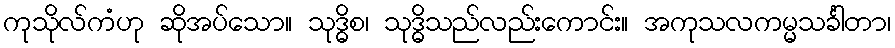
ကုသိုလ်ကံဟု ဆိုအပ်သော။ သုဒ္ဓိစ၊ သုဒ္ဓိသည်လည်းကောင်း။ အကုသလကမ္မသင်္ခါတာ၊